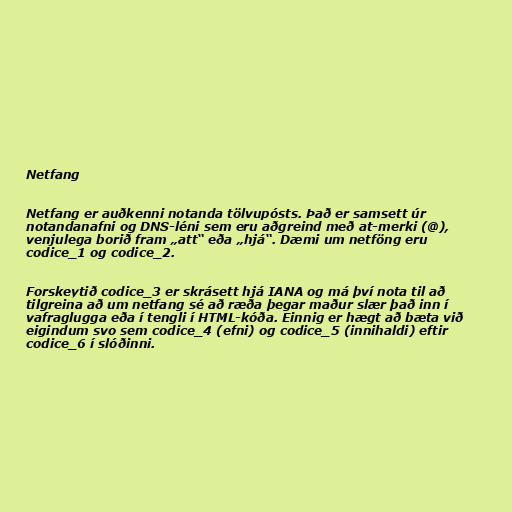
Netfang

Netfang er auðkenni notanda tölvupósts. Það er samsett úr
notandanafni og DNS-léni sem eru aðgreind með at-merki (@),
venjulega borið fram „att“ eða „hjá“. Dæmi um netföng eru
codice_1 og codice_2.

Forskeytið codice_3 er skrásett hjá IANA og má því nota til að
tilgreina að um netfang sé að ræða þegar maður slær það inn í
vafraglugga eða í tengli í HTML-kóða. Einnig er hægt að bæta við
eigindum svo sem codice_4 (efni) og codice_5 (innihaldi) eftir
codice_6 í slóðinni.